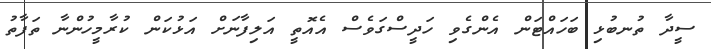
ސީދާ ތުނބުޅި ބަހައްޓަން އެންގެވި ހަދީސްގަވެސް އެއޮތީ އަލިފާނަށް އަޅުކަން ކުރާމީހުންނާ ތަފާތު